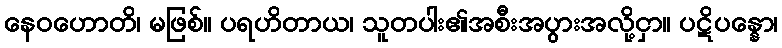
နေဝဟောတိ၊ မဖြစ်။ ပရဟိတာယ၊ သူတပါး၏အစီးအပွားအလို့ငှာ။ ပဋိပန္နော၊